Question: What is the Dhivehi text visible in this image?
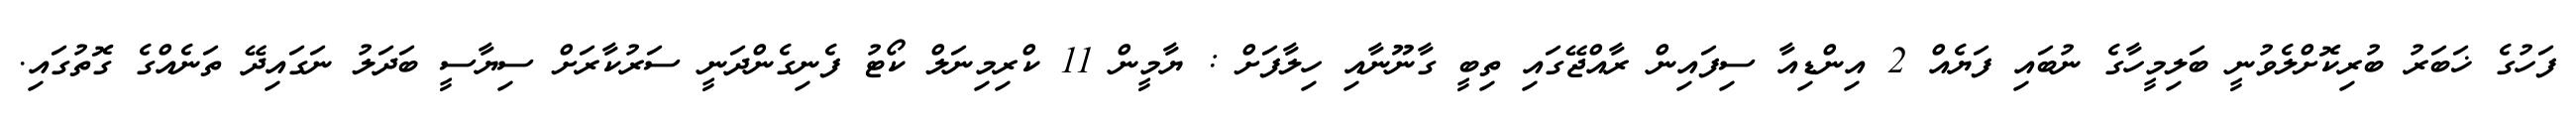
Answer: ފަހުގެ ޚަބަރު ބުރިކޮށްލެވުނީ ބަލިމީހާގެ ނުބައި ފަޔެއް 2 އިންޑިއާ ސިފައިން ރާއްޖޭގައި ތިބީ ގާނޫނާއި ހިލާފަށް : ޔާމީން 11 ކްރިމިނަލް ކޯޓު ފެނިގެންދަނީ ސަރުކާރަށް ސިޔާސީ ބަދަލު ނަގައިދޭ ތަނެއްގެ ގޮތުގައި.